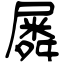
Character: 𡳞